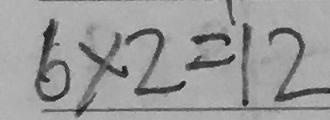
6 \times 2 = 1 2